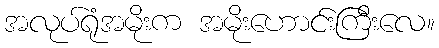
အလုပ်ရုံအမိုးက အမိုးဟောင်းကြီးလေ။